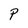
Character: P